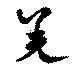
羌